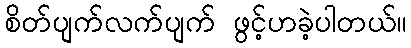
စိတ်ပျက်လက်ပျက် ဖွင့်ဟခဲ့ပါတယ်။